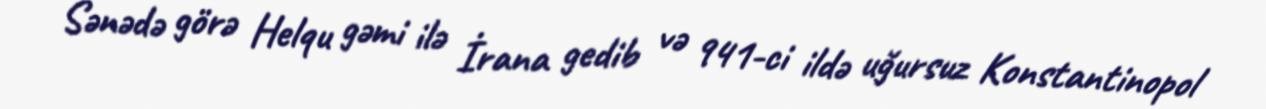
Sənədə görə Helqu gəmi ilə İrana gedib və 941-ci ildə uğursuz Konstantinopol